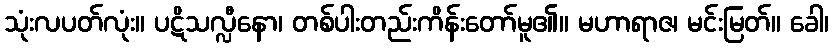
သုံးလပတ်လုံး။ ပဋိသလ္လီနော၊ တစ်ပါးတည်းကိန်းတော်မူ၏။ မဟာရာဇ၊ မင်းမြတ်။ ခေါ၊